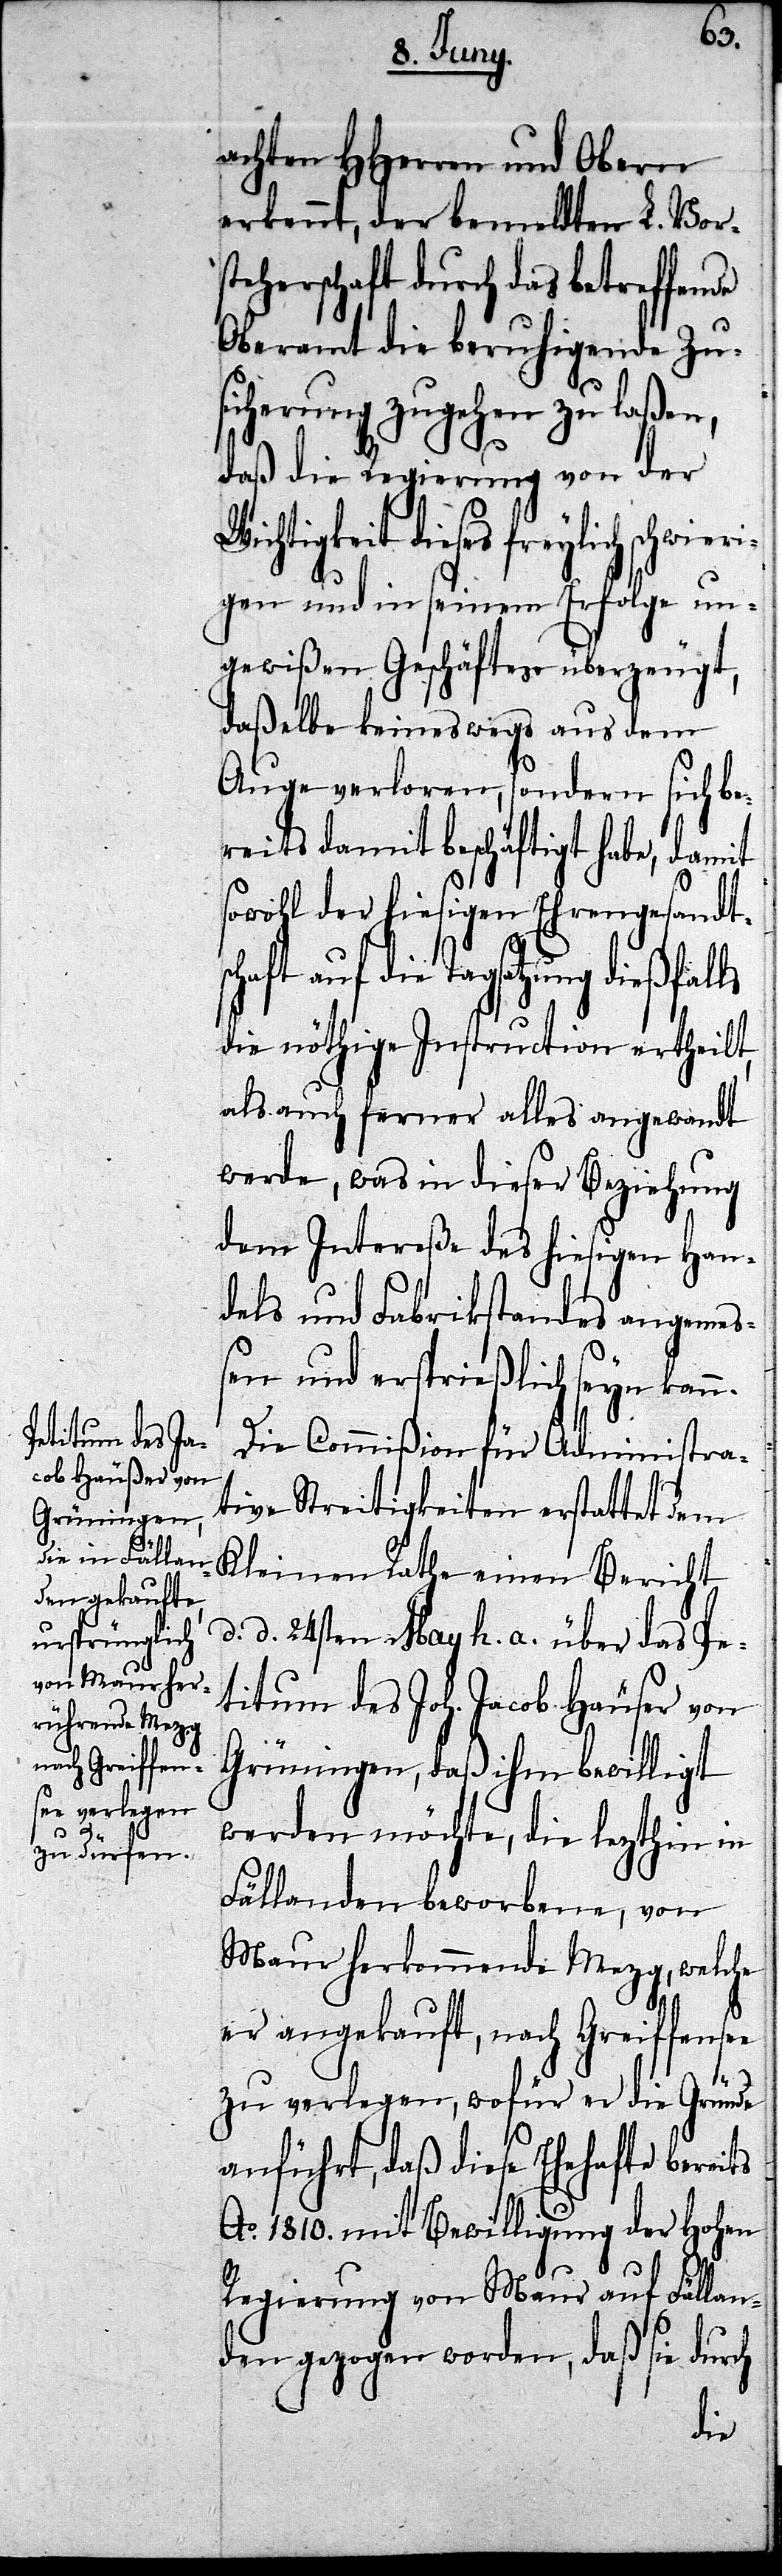
d.

achten HHerren und Obern
erkennt, der bemeldten L. Vors¬
teherschaft durch das betreffende
Oberamt die beruhigende Zu¬
sicherung zugehen zu laßen,
daß die Regierung von der
ichtigkeit dieses freylich schwie¬
gen und in seinem Erfolge un¬
gewißen Geschäftes überzeugt,
daßelbe keineswegs aus dem
Auge verloren, sondern sich be¬
reits damit beschäftigt habe, damit
sowohl der hiesigen Ehrengesandt¬
satzung dießfalls
die nöthige Instruction ertheilt,
als auch ferner alles angewandt
werde, was in dieser Beziehung
dem Intereße des hiesigen Han¬
dels und Fabrikstandes angemeß¬
en und ersprießlich seyn kann.
Die Commißion für Administra¬
tive Streitigkeiten erstattet dem
Kleinen Rathe einen Bericht
d. 24.sten May h. a. über das Pe¬
titum des Joh. Jacob Häuser von
Grüningen, daß ihm bewilligt
werden möchte, die lezthin in
Fällanden beworbene, von
Maur herkommende Mezg, welche
er angekauft, nach Greiffensee
zu verlegen, wofür er die Gründe
anführt, daß diese Ehehafte bereits
Ao. 1810. mit Bewilligung der Hohen
Regierung von Maur auf Fällan¬
den gezogen worden, daß sie durch
ri¬